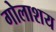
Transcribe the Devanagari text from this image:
गोलाशय